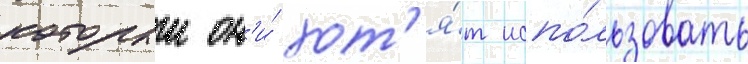
которыи он'и́ хот'я́т испо́льзовать